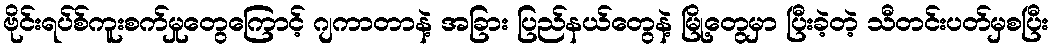
ဗိုင်းရပ်စ်ကူးစက်မှုတွေကြောင့် ဂျကာတာနဲ့ အခြား ပြည်နယ်တွေနဲ့ မြို့တွေမှာ ပြီးခဲ့တဲ့ သီတင်းပတ်မှစပြီး